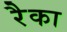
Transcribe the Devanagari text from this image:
रैका